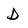
Character: D